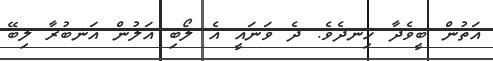
އަތުން ބީވެދާ ހިނދެވެ. ދެ ވަނައީ އެ ލޯބި އަލުން އަނބުރާ ލިބޭ